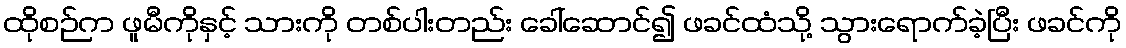
ထိုစဉ်က ဖူမီကိုနှင့် သားကို တစ်ပါးတည်း ခေါ်ဆောင်၍ ဖခင်ထံသို့ သွားရောက်ခဲ့ပြီး ဖခင်ကို